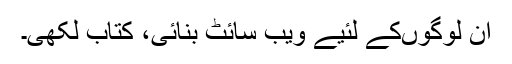
ان لوگوں‌کے لئیے ویب سائٹ بنائی، کتاب لکھی۔